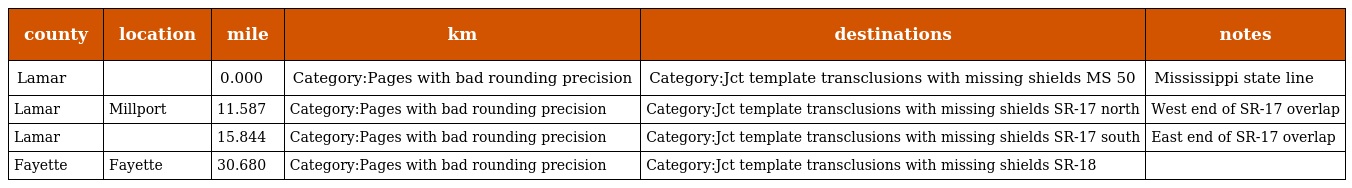
| county | location | mile | km | destinations | notes |
 | --- | --- | --- | --- | --- | --- |
 | Lamar |  | 0.000 | Category:Pages with bad rounding precision | Category:Jct template transclusions with missing shields MS 50 | Mississippi state line |
 | Lamar | Millport | 11.587 | Category:Pages with bad rounding precision | Category:Jct template transclusions with missing shields SR-17 north | West end of SR-17 overlap |
 | Lamar |  | 15.844 | Category:Pages with bad rounding precision | Category:Jct template transclusions with missing shields SR-17 south | East end of SR-17 overlap |
 | Fayette | Fayette | 30.680 | Category:Pages with bad rounding precision | Category:Jct template transclusions with missing shields SR-18 |  |